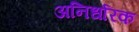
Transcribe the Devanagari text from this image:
अनिर्धारक